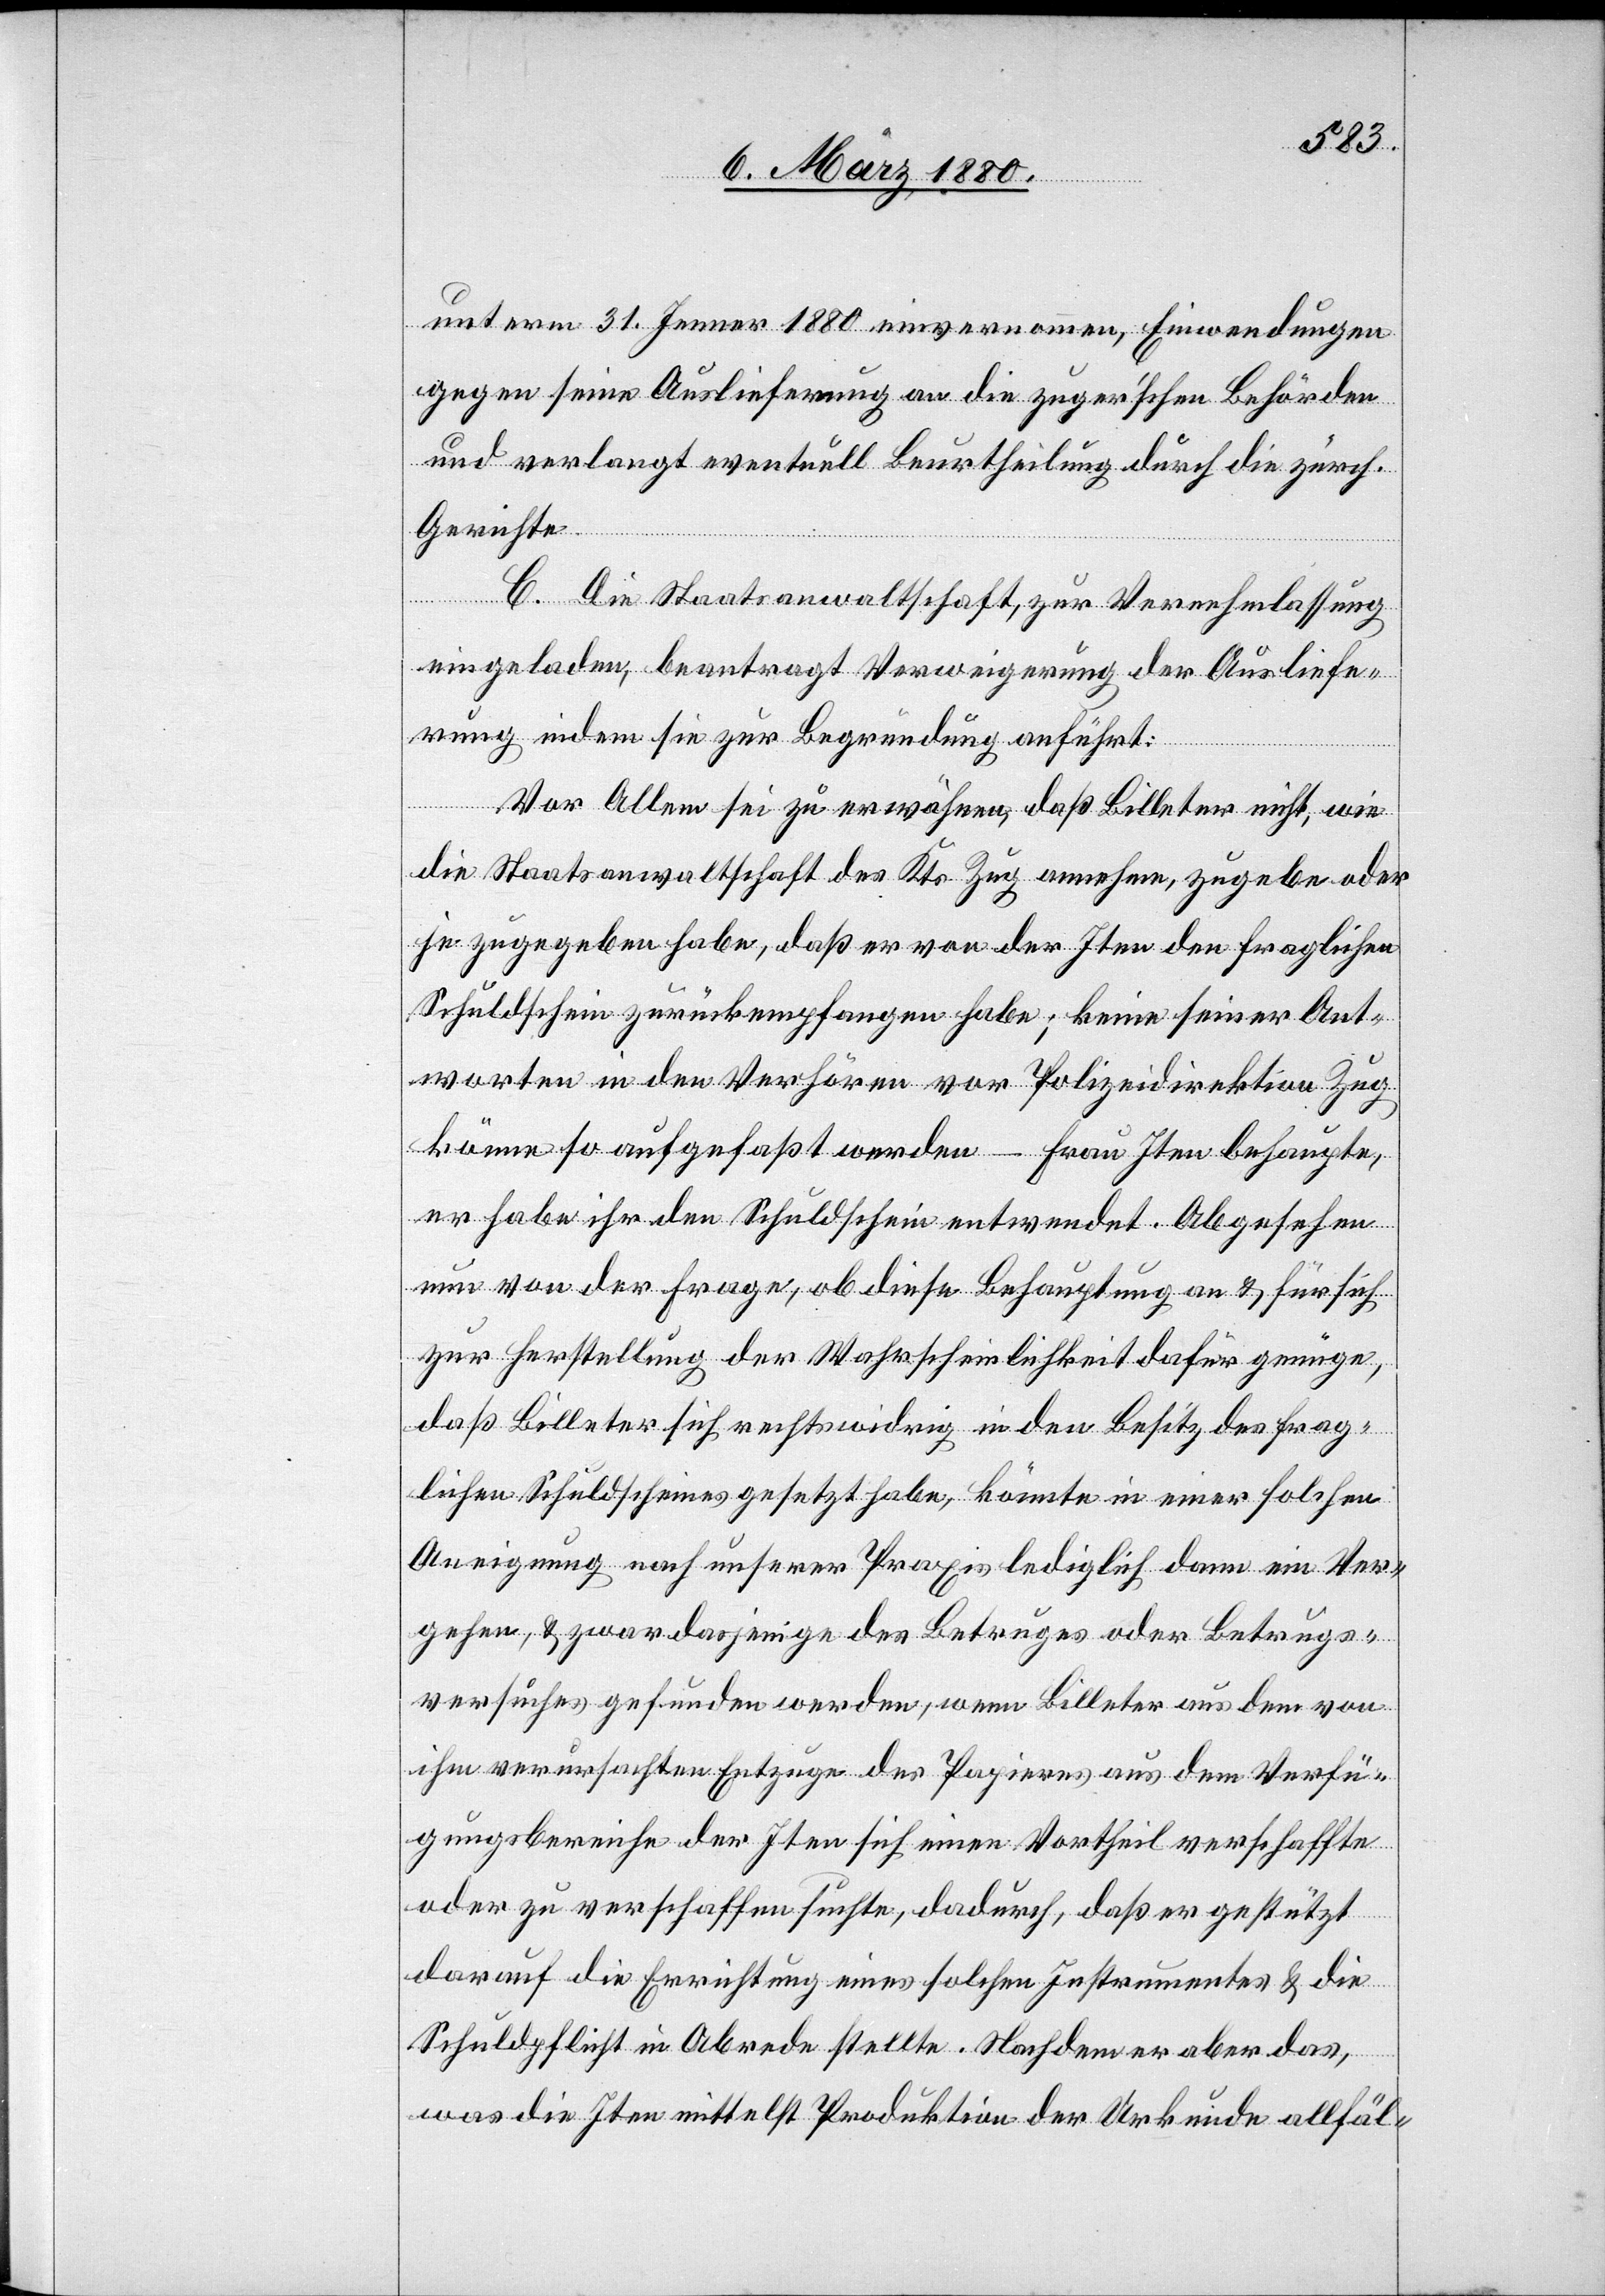
unterm 31. Jenner 1880 einvernommen, Einwendungen
gegen seine Auslieferung an die zuger’schen Behörden
und verlangt eventuell Beurtheilung durch die zürch.
Gerichte.
C. Die Staatsanwaltschaft, zur Vernehmlassung
eingeladen, beantragt Verweigerung der Ausliefe¬
rung indem sie zur Begründung anführt:
Vor Allem sei zu erwähnen, daß Billeter nicht, wie
die Staatsanwaltschaft des Kts. Zug annehme, zugebe oder
je zugegeben habe, daß er von der Iten den fraglichen
Schuldschein zurückempfangen habe; keine seiner Ant¬
worten in den Verhören vor Polizeidirektion Zug
könne so aufgefaßt werden – Frau Iten behaupte,
er habe ihr den Schuldschein entwendet. Abgesehen
nun von der Frage, ob diese Behauptung an & für sich
zur Herstellung der Wahrscheinlichkeit dafür genüge,
daß Billeter sich rechtswidrig in den Besitz des frag¬
lichen Schuldscheines gesetzt habe, könnte in einer solchen
Aneignung nach unserer Praxis lediglich dann ein Ver¬
gehen, & zwar dasjenige des Betruges oder Betrugs¬
versuches gefunden werden, wenn Billeter aus dem von
ihm verursachten Entzuge des Papieres aus dem Verfü¬
gungsbereiche der Iten sich einen Vortheil verschaffte
oder zu verschaffen suchte, dadurch, daß er gestützt
darauf die Errichtung eines solchen Instrumentes & die
Schuldpflicht in Abrede stellte. Nachdem er aber das,
was die Iten mittelst Produktion der Urkunde allfäl-